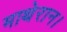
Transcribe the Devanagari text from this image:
माथेरान।